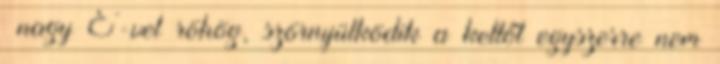
nagy E-vel röhög, szörnyülködik a kettőt egyszerre nem